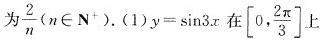
为 \frac{2}{n} (n \in N^{+}).(1) $$y = \sin 3 x$$ 在 \left [ 0 , \frac { 2π } { 3 } \right ] 上